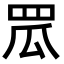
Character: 罛